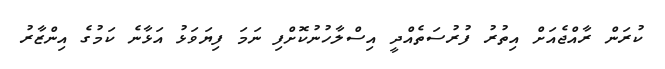
ކުރަން ރާއްޖެއަށް އިތުރު ފުރުސަތެއްދީ އިސްލާހުނުކޮށްފި ނަމަ ފިޔަވަޅު އަޅާނެ ކަމުގެ އިންޒާރު